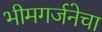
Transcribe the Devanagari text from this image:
भीमगर्जनेचा